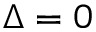
\Delta = 0